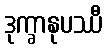
ဒုက္ခာနုပဿီ